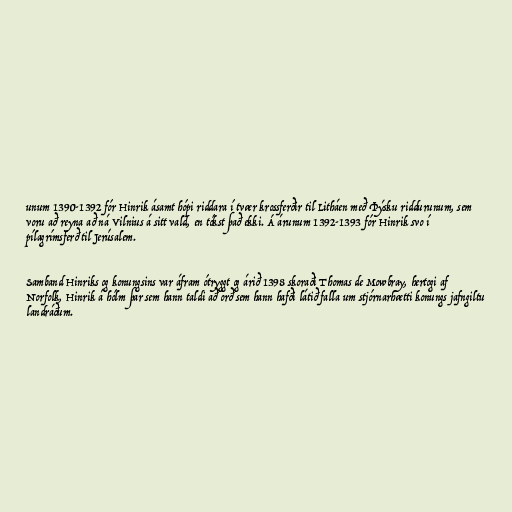
unum 1390-1392 fór Hinrik ásamt hópi riddara í tvær krossferðir til Litháen með Þýsku riddurunum, sem
voru að reyna að ná Vilnius á sitt vald, en tókst það ekki. Á árunum 1392-1393 fór Hinrik svo í
pílagrímsferð til Jerúsalem.

Samband Hinriks og konungsins var áfram ótryggt og árið 1398 skoraði Thomas de Mowbray, hertogi af
Norfolk, Hinrik á hólm þar sem hann taldi að orð sem hann hafði látið falla um stjórnarhætti konungs jafngiltu
landráðum.